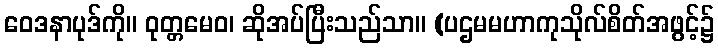
ဝေဒနာပုဒ်ကို။ ဝုတ္တမေဝ၊ ဆိုအပ်ပြီးသည်သာ။ (ပဌမမဟာကုသိုလ်စိတ်အဖွင့်၌